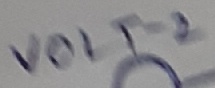
Text: VOLT-2